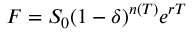
F = S _ { 0 } ( 1 - \delta ) ^ { n ( T ) } e ^ { r T }